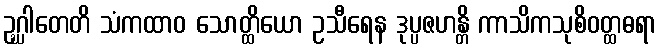
ဥဂ္ဃါတေတိ သံကထာဝ သောတ္ထိယော ဥသီရေန ဒုပ္ပဇဟန္တိ ကာသိကသုစိဝတ္ထဓရာ